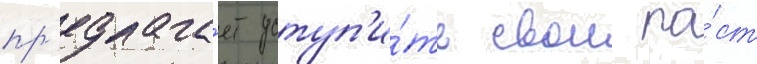
пр'едлага́ет уступ'и́ть свои по́ст